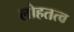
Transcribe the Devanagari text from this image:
लोहतत्व